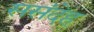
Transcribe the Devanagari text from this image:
ससंदेह